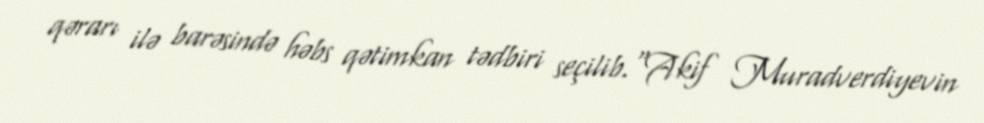
qərarı ilə barəsində həbs qətimkan tədbiri seçilib.“Akif Muradverdiyevin